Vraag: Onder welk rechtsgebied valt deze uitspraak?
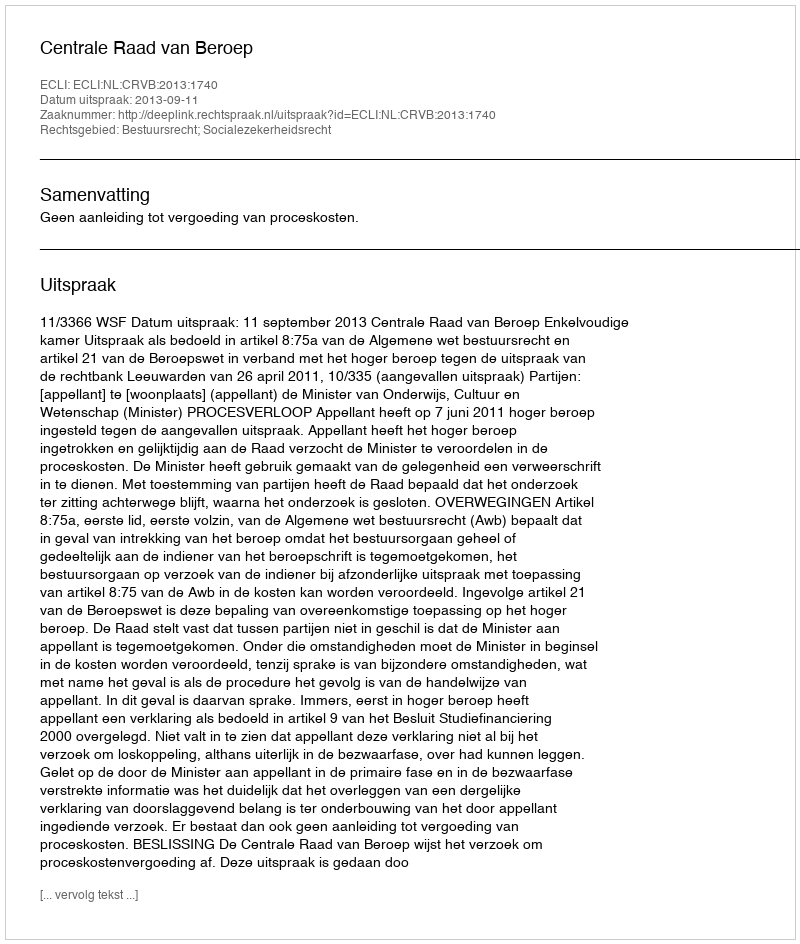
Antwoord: Bestuursrecht; Socialezekerheidsrecht